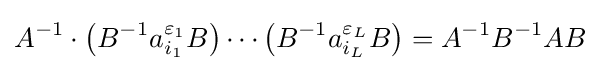
A^{-1}\cdot \left(B^{-1}a_{i_{1}}^{\varepsilon _{1}}B\right)\cdots \left(B^{-1}a_{i_{L}}^{\varepsilon _{L}}B\right)=A^{-1}B^{-1}AB